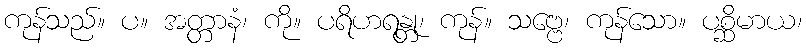
ကုန်သည်။ ပ။ အတ္တာနံ၊ ကို။ ပရိဟရန္တု၊ ကုန်။ သဗ္ဗေ၊ ကုန်သော။ ပစ္ဆိမာယ၊